Punjab Mental Hospital Lahore 1932-46 - 1932-1946
Year: 1932
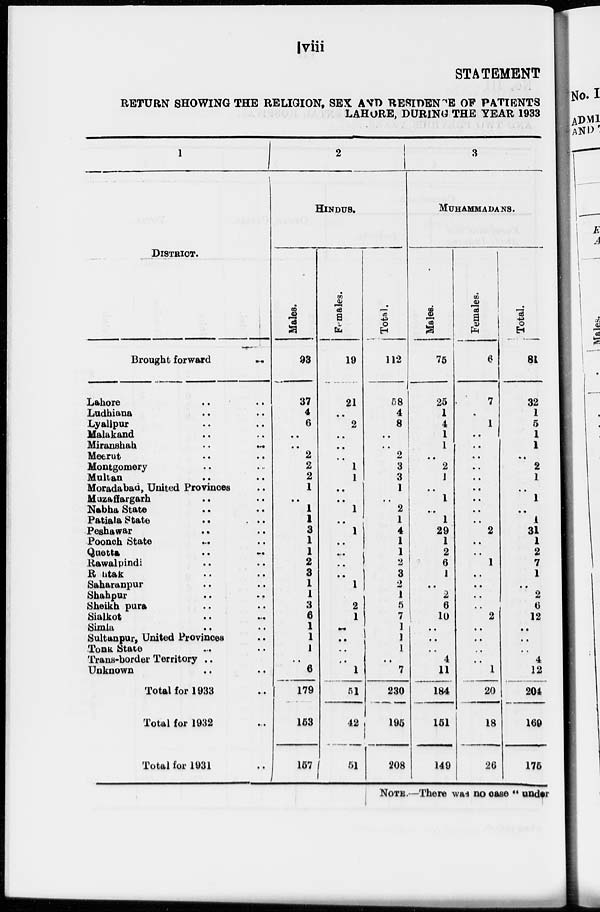
viii
STATEMENT
RETURN SHOWING THE RELIGION, SEX AND RESIDENCE OF PATIENTS
LAHORE, DURING THE YEAR 1933
1
DISTRICT.
Brought forward
..
Lahore .. ..
Ladhiana
..
..
Lyallpur .. ..
Malakand .. ..
Miranshah
..
..
Meerut .. ..
Montgomery .. ..
Multan .. ..
Moradabad, United Provinces ..
Muzaffargarh .. ..
Nabha State .. ..
Patiala State .. ..
Peshawar .. ..
Poonch State
..
..
Quetta
..
..
Rawalpindi .. ..
Rohtak .. ..
Saharanpur .. ..
Shahpur
..
..
Sheikh pura .. ..
Sialkot .. ..
Simla .. ..
Sultanpur, United Provinces ..
Tonk State .. ..
Trans-border Territory ..
Unknown .. ..
Total for 1933 ..
Total for 1932 ..
Total for 1931 ..
2
HINDUS.
Males.
93
37
4
6
..
..
2
2
2
1
..
1
1
3
1
1
2
3
1
1
3
6
1
1
1
..
6
179
153
157
Females.
19
21
..
2
..
..
..
1
1
..
..
1
..
1
..
..
..
..
1
..
2
1
..
..
..
..
1
51
42
51
Total.
112
58
4
8
..
..
2
3
3
1
..
2
1
4
1
1
2
3
2
1
5
7
1
1
1
..
7
230
195
208
3
MUHAMMADANS.
Males.
75
25
1
4
1
1
..
2
1
..
1
..
1
29
1
2
6
1
..
2
6
10
..
..
..
4
11
184
151
149
Females.
6
7
..
1
..
..
..
..
..
..
..
..
..
2
..
..
1
..
..
..
..
2
..
..
..
..
1
20
18
26
Total.
81
32
1
5
1
1
..
2
1
..
1
..
1
31
1
2
7
1
..
2
6
12
..
..
..
4
12
204
169
175
NOTE.—There was no case " under